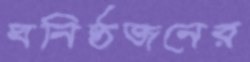
ঘনিষ্ঠজনের